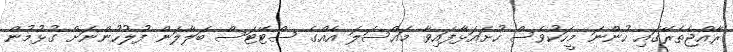
ރާއްޖެތެރޭގައި ހުންނަ މީހަކުވެސް ހުށައަޅާފައިވާ މައްސަލަ އެއްގެ ސްޓޭޓަސް ބަލާލަން ފުލުހުންނަށް ގުޅުމުން